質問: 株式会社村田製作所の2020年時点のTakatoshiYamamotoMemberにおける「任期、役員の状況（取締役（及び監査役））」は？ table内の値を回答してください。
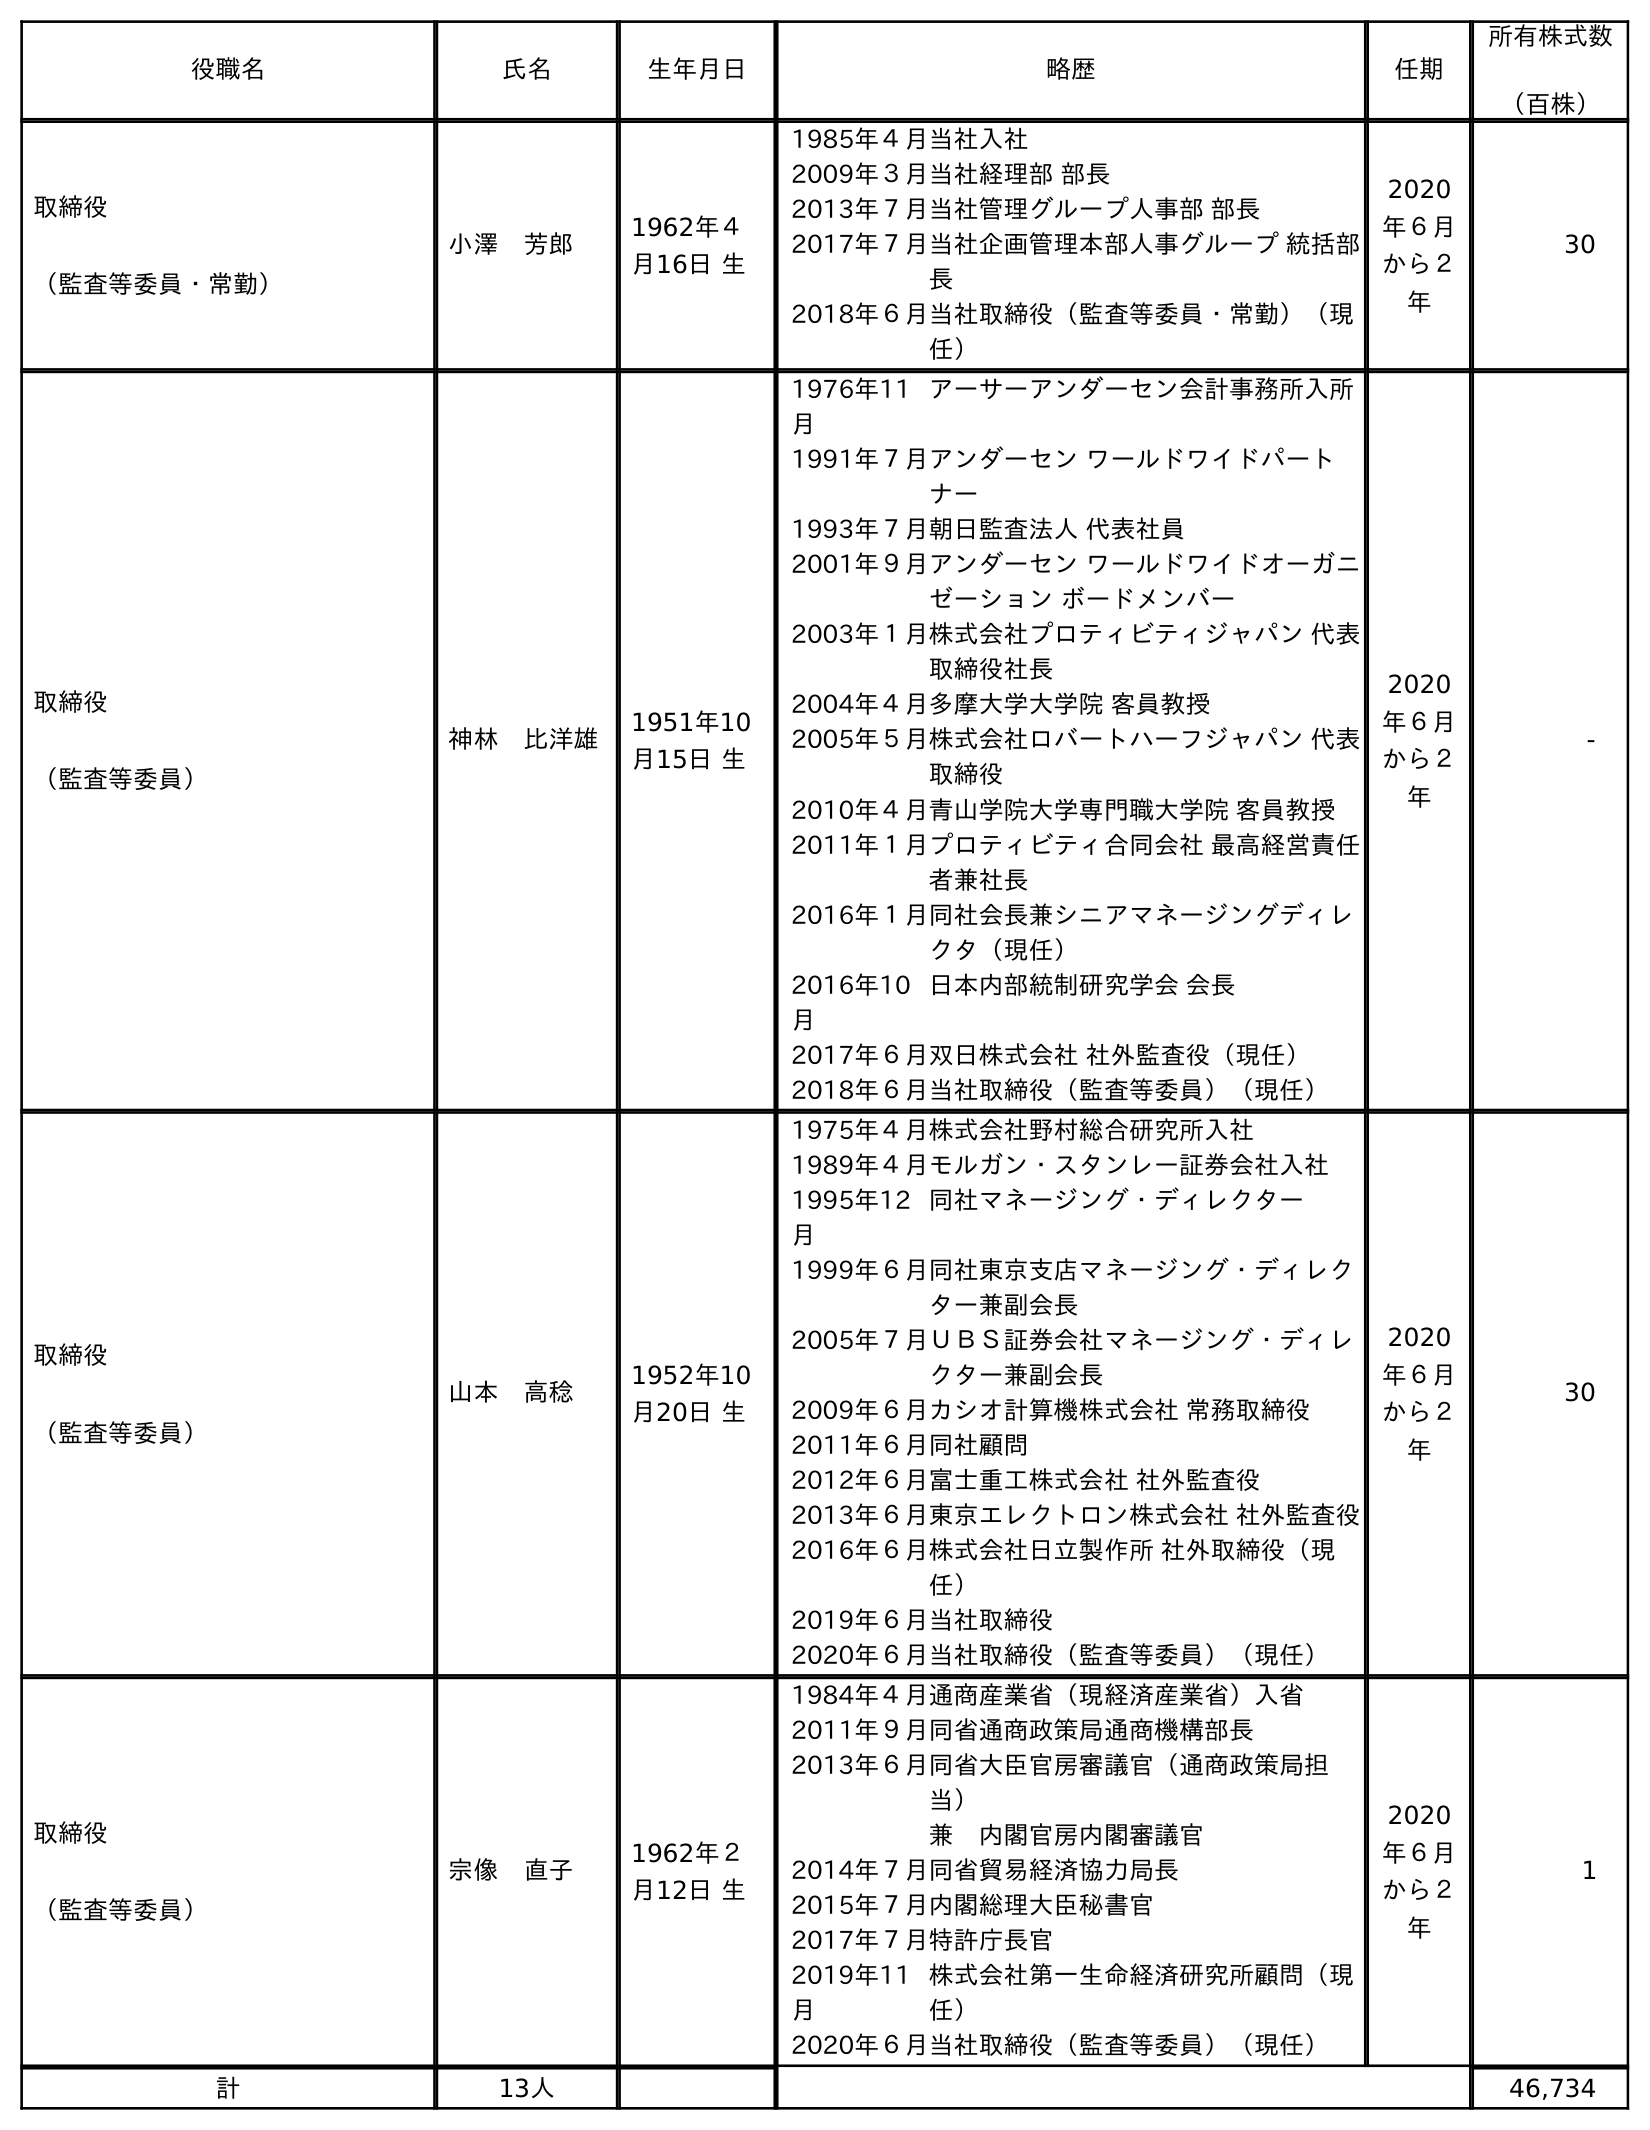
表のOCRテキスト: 役職名 氏名 生年月日 略歴 任期 所有株式数 （百株） 取締役 （監査等委員・常勤） 小澤 芳郎 1962年４ 月16日 生 1985年４月当社入社 2009年３月当社経理部 部長 2013年７月当社管理グループ人事部 部長 2017年７月当社企画管理本部人事グループ 統括部 長 2018年６月当社取締役（監査等委員・常勤）（現 任） 2020 年６月 から２ 年 30 取締役 （監査等委員） 神林 比洋雄 1951年10 月15日 生 1976年11 月 アーサーアンダーセン会計事務所入所 1991年７月アンダーセン ワールドワイドパート ナー 1993年７月朝日監査法人 代表社員 2001年９月アンダーセン ワールドワイドオーガニ ゼーション ボードメンバー 2003年１月株式会社プロティビティジャパン 代表 取締役社長 2004年４月多摩大学大学院 客員教授 2005年５月株式会社ロバートハーフジャパン 代表 取締役 2010年４月青山学院大学専門職大学院 客員教授 2011年１月プロティビティ合同会社 最高経営責任 者兼社長 2016年１月同社会長兼シニアマネージングディレ クタ（現任） 2016年10 月 日本内部統制研究学会 会長 2017年６月双日株式会社 社外監査役（現任） 2018年６月当社取締役（監査等委員）（現任） 2020 年６月 から２ 年 - 取締役 （監査等委員） 山本 高稔 1952年10 月20日 生 1975年４月株式会社野村総合研究所入社 1989年４月モルガン・スタンレー証券会社入社 1995年12 月 同社マネージング・ディレクター 1999年６月同社東京支店マネージング・ディレク ター兼副会長 2005年７月ＵＢＳ証券会社マネージング・ディレ クター兼副会長 2009年６月カシオ計算機株式会社 常務取締役 2011年６月同社顧問 2012年６月富士重工株式会社 社外監査役 2013年６月東京エレクトロン株式会社 社外監査役 2016年６月株式会社日立製作所 社外取締役（現 任） 2019年６月当社取締役 2020年６月当社取締役（監査等委員）（現任） 2020 年６月 から２ 年 30 取締役 （監査等委員） 宗像 直子 1962年２ 月12日 生 1984年４月通商産業省（現経済産業省）入省 2011年９月同省通商政策局通商機構部長 2013年６月同省大臣官房審議官（通商政策局担 当） 兼 内閣官房内閣審議官 2014年７月同省貿易経済協力局長 2015年７月内閣総理大臣秘書官 2017年７月特許庁長官 2019年11 月 株式会社第一生命経済研究所顧問（現 任） 2020年６月当社取締役（監査等委員）（現任） 2020 年６月 から２ 年 1 計 13人 46,734
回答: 2020年６月から２年